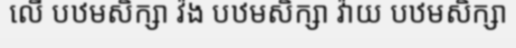
លើ បឋមសិក្សា វ៉ង បឋមសិក្សា វ៉ាយ បឋមសិក្សា